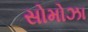
સોમોઝા